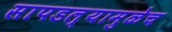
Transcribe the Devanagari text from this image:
सापडल्यामुळेच